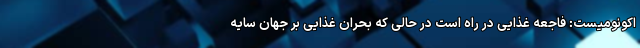
اکونومیست: فاجعه غذایی در راه است در حالی که بحران غذایی بر جهان سایه